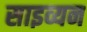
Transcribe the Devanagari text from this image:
साइव्यन